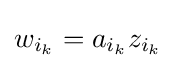
w_{i_{k}}=a_{i_{k}}z_{i_{k}}